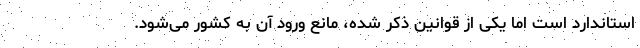
استاندارد است اما یکی از قوانین ذکر شده، مانع ورود آن به کشور می‌شود.